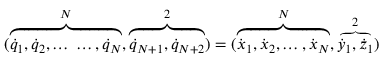
( \overbrace { { \dot { q } } _ { 1 } , { \dot { q } } _ { 2 } , \dots \; \dots , { \dot { q } } _ { N } } ^ { N } , \overbrace { { \dot { q } } _ { N + 1 } , { \dot { q } } _ { N + 2 } } ^ { 2 } ) = ( \overbrace { { \dot { x } } _ { 1 } , { \dot { x } } _ { 2 } , \dots , { \dot { x } } _ { N } } ^ { N } , \overbrace { { \dot { y } } _ { 1 } , { \dot { z } } _ { 1 } } ^ { 2 } )